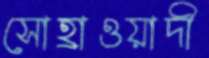
সোহ্রাওয়াদী